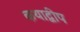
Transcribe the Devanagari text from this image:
कथाद्वीप